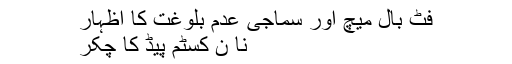
فٹ بال میچ اور سماجی عدم بلوغت کا اظہار
نا ن کسٹم پیڈ کا چکر